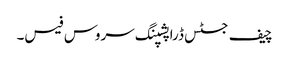
چیف جسٹس ڈراپشپنگ سروس فیس۔